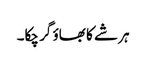
ہر شے کا بھاؤ گر چکا۔